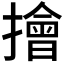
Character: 𢶒